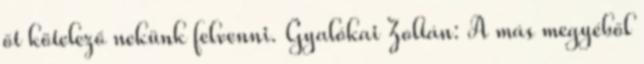
őt kötelező nekünk felvenni. Gyalókai Zoltán: A más megyéből